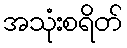
အသုံးစရိတ်